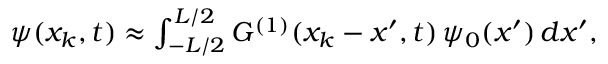
\begin{array} { r } { \psi ( x _ { k } , t ) \approx \int _ { - L / 2 } ^ { L / 2 } G ^ { ( 1 ) } ( x _ { k } - x ^ { \prime } , t ) \, \psi _ { 0 } ( x ^ { \prime } ) \, d x ^ { \prime } , } \end{array}